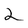
Character: 2